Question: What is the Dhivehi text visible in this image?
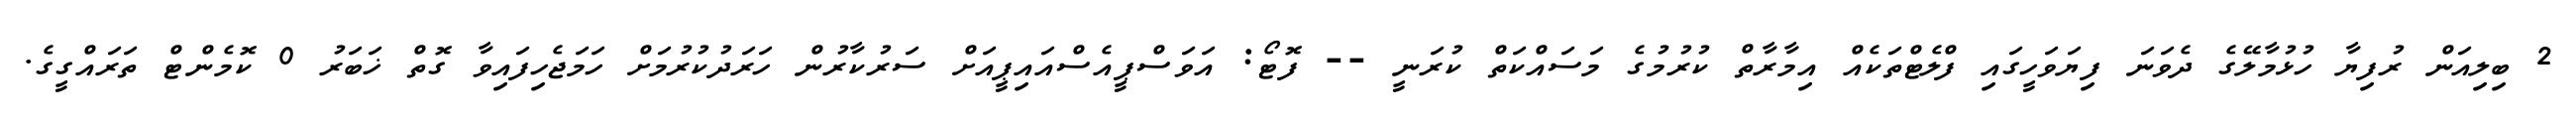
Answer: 2 ބިލިއަން ރުފިޔާ ހުޅުމާލޭގެ ދެވަނަ ފިޔަވަހީގައި ފްލެޓްތަކެއް އިމާރާތް ކުރުމުގެ މަސައްކަތް ކުރަނީ -- ފޮޓޯ: އަވަސްޕީއެސްއައިޕީއަށް ސަރުކާރުން ހަރަދުކުރުމަށް ހަމަޖެހިފައިވާ ގޮތް ޚަބަރު 0 ކޮމެންޓް ތަރައްގީގެ.